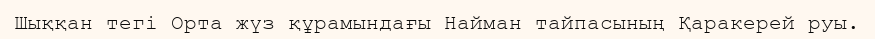
Шыққан тегі Орта жүз құрамындағы Найман тайпасының Қаракерей руы.